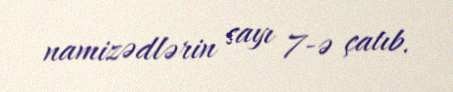
namizədlərin sayı 7-ə çatıb.